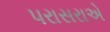
પરાસરાએ